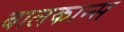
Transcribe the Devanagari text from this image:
बालकान्स